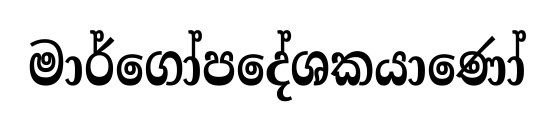
මාර්ගෝපදේශකයාණෝ